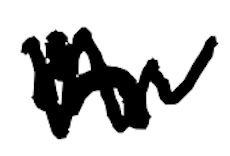
Text: in
Cross-out: zig-zag
Writing tool: digital_black